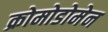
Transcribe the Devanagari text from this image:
क्रोमोडोमेन